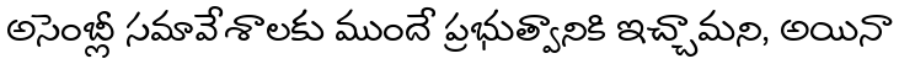
అసెంబ్లీ సమావేశాలకు ముందే ప్రభుత్వానికి ఇచ్చామని, అయినా